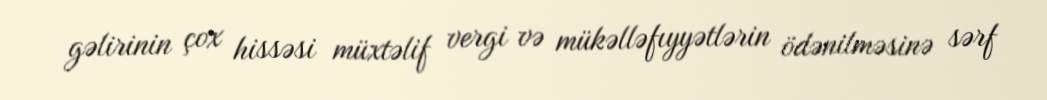
gəlirinin çox hissəsi müxtəlif vergi və mükəlləfıyyətlərin ödənilməsinə sərf